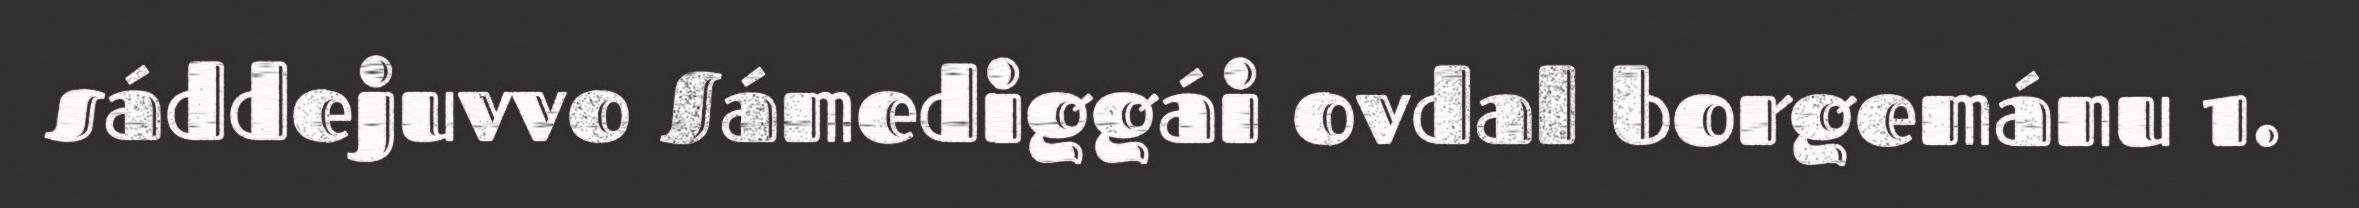
sáddejuvvo Sámediggái ovdal borgemánu 1.